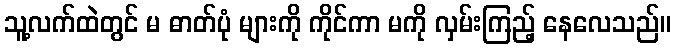
သူ့လက်ထဲတွင် မ ဓာတ်ပုံ များကို ကိုင်ကာ မကို လှမ်းကြည့် နေလေသည်။